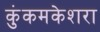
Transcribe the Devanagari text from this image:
कुंकमकेशरा